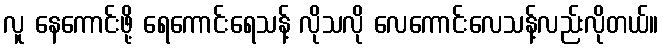
လူ နေကောင်းဖို့ ရေကောင်းရေသန့် လိုသလို လေကောင်းလေသန့်လည်းလိုတယ်။